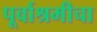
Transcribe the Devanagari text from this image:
पूर्वाश्रमीचा